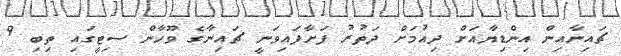
ޗައިނާއިން އިންޑިޔާއަށް ދިއުމަށް ދަތުރު ފަށާފައިވަނީ ޗައިނާގެ ވޫހާން ސިޓީގައި ތިބި 9